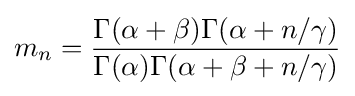
m_{n}={\frac {\Gamma (\alpha +\beta )\Gamma (\alpha +n/\gamma )}{\Gamma (\alpha )\Gamma (\alpha +\beta +n/\gamma )}}